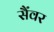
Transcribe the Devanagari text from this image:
सैंवर